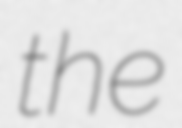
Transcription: the